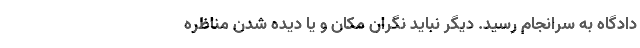
دادگاه به سرانجام رسید. دیگر نباید نگران مکان و یا دیده شدن مناظره